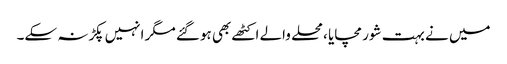
میں نے بہت شور مچایا ،محلے والے اکٹھے بھی ہوگئے مگر انہیں پکڑنہ سکے۔